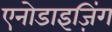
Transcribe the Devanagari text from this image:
एनोडाइज़िंग